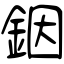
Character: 銦